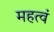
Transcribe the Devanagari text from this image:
महत्वं